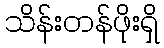
သိန်းတန်ဖိုးရှိ